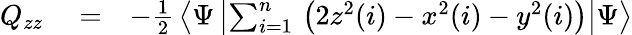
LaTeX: \begin{array}{rlr}{Q_{zz}}&{{}=}&{-\frac{1}{2}\, \left<\Psi\left|\sum_{i=1}^{n}\, \left(2z^{2}(i)-x^{2}(i)-y^{2}(i)\right)\right|\Psi\right>}\end{array}